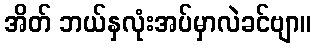
အိတ် ဘယ်နှလုံးအပ်မှာလဲခင်ဗျာ။